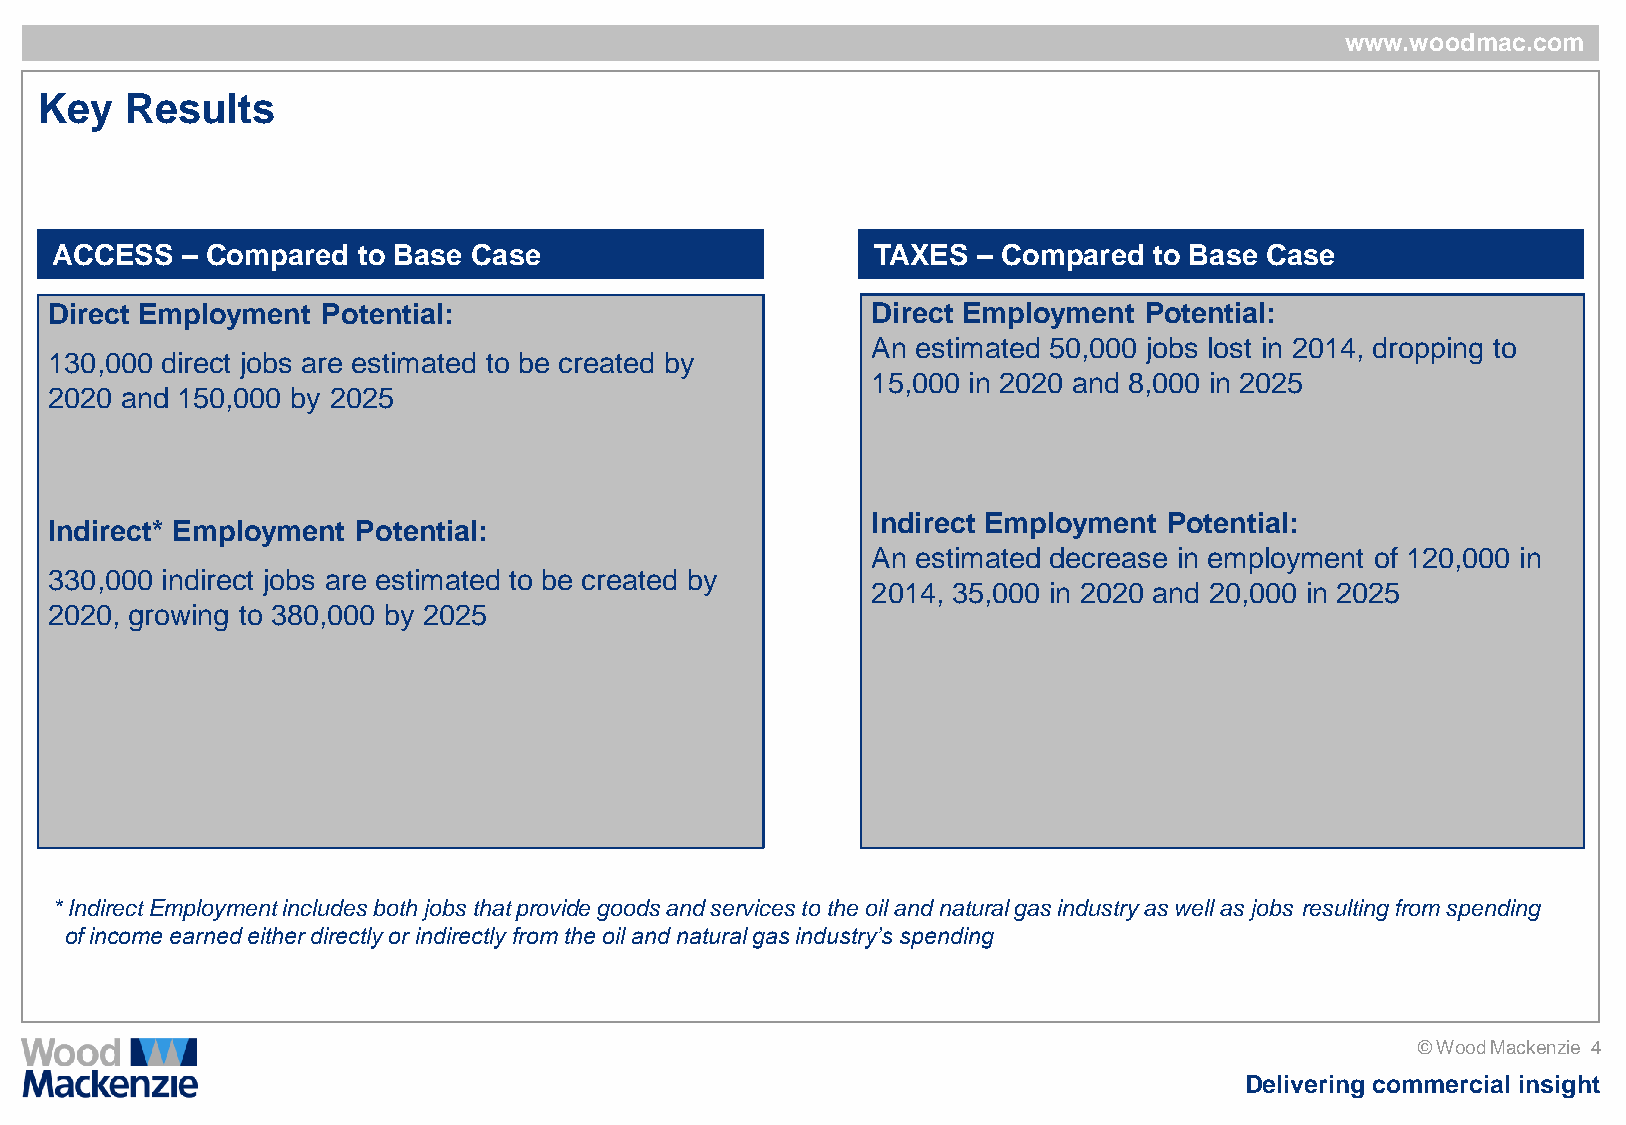
www.woodmac.com
 Key   Results
 ACCESS   – Compared  to Base Case                      TAXES  – Compared to Base Case
 Direct Employment Potential:                           Direct Employment Potential:
 An estimated 50,000 jobs lost in 2014, dropping to
 130,000 direct jobs are estimated to be created by
 15,000 in 2020 and 8,000 in 2025
 2020 and 150,000 by 2025
 Indirect Employment Potential:
 Indirect* Employment Potential:
 An estimated decrease in employment of 120,000 in
 330,000 indirect jobs are estimated to be created by
 2014, 35,000 in 2020 and 20,000 in 2025
 2020, growing to 380,000 by 2025
 * Indirect Employment includes both jobs that provide goods and services to the oil and natural gas industry as well as jobs resulting from spending
 of income earned either directly or indirectly from the oil and natural gas industry’s spending
 © Wood Mackenzie 4
 Delivering commercial insight